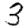
Digit: 3